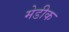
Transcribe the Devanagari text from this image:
मेडीक